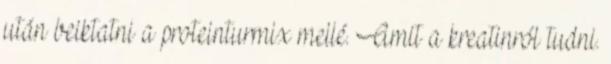
után beiktatni a proteinturmix mellé. Amit a kreatinról tudni.